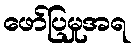
ဖော်ပြမှုအရ